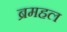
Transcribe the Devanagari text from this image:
ब्रमहल